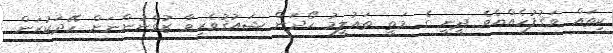
ކިތައް ވަޤުފުހެއްޔެވެ ދީނީ ގެ މަތީ ތަޢުލީމު ހޯދަން ޝައުޤުވެރިވާ ޒުވާނުންނަށް ހޭދަކުރަން